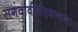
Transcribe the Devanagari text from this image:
सगवावीदीहदलवासा।।